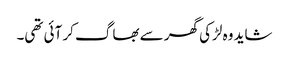
شاید وہ لڑکی گھر سے بھاگ کر آئی تھی۔